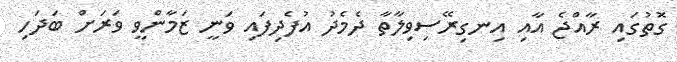
ގޮތުގައި ރާއްޖެ އާއި އިނގިރޭސިވިލާތާ ދެމެދު އުފެދިފައި ވަނީ ޒަމާންވީ ވަރަށް ބަދަހި